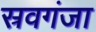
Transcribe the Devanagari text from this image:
स्रवगंजा